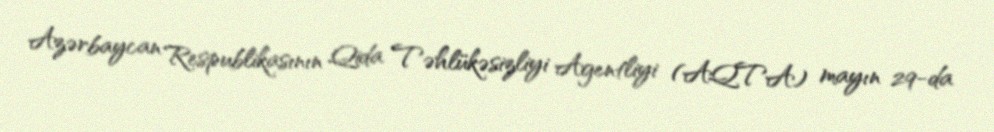
Azərbaycan Respublikasının Qida Təhlükəsizliyi Agentliyi (AQTA) mayın 29-da